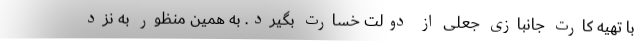
با تهیه کارت جانبازی جعلی از دولت خسارت بگیرد. به همین منظور به نزد